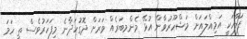
ފަލާހަކީ އަމިއްލައަށް މަޝްހޫރުވާން އުޅޭ މެންމބަރެއް ވަރަށް ދޮގުހަދާނެ މިފަހަރުވެސް ތީ ހަމަ